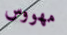
مهووس